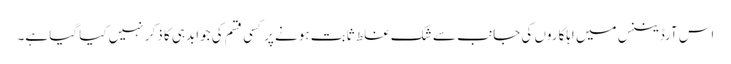
اس آرڈیننس میں اہلکاروں کی جانب سے شک غلط ثابت ہونے پر کسی قسم کی جوابدہی کا ذکر نہیں کیا گیا ہے۔